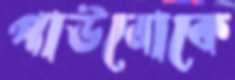
পাউবোকে